Malarial fevers
Disease focus: Malaria
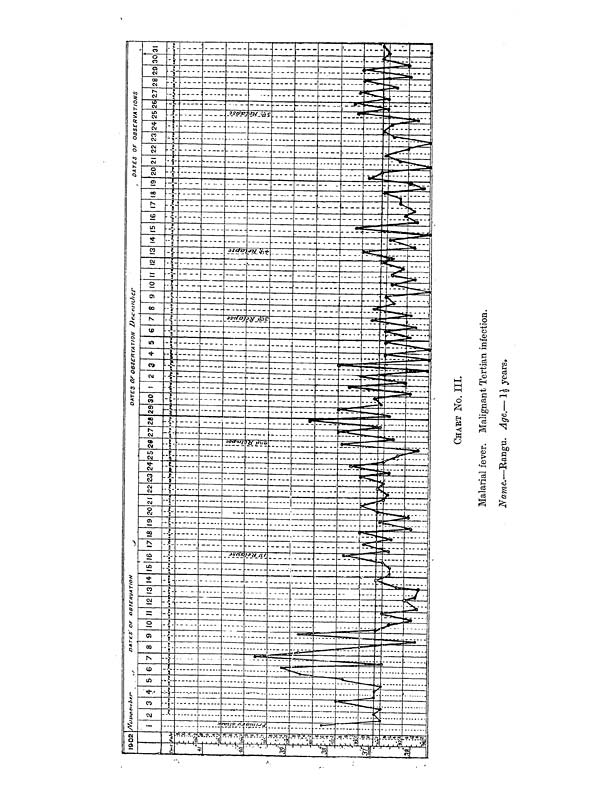
CHART No. III.
Malarial fever. Malignant Tertian infection.
Name.—Rangu. Age.— 1½ years.